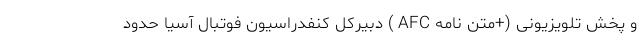
و پخش تلویزیونی (+متن نامه AFC ) دبیرکل کنفدراسیون فوتبال آسیا حدود